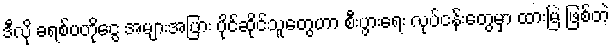
ဒီလို ခရစ်ပတိုငွေ အများအပြား ပိုင်ဆိုင်သူတွေဟာ စီးပွားရေး လုပ်ငန်းတွေမှာ ထားမြဲ ဖြစ်တဲ့